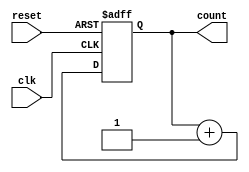
module cascaded_counter #(
    parameter WIDTH = 4  // Number of bits (flip-flops) in the counter
)(
    input wire clk,       // Clock input
    input wire reset,     // Asynchronous reset
    output reg [WIDTH-1:0] count // Counter output
);

    // Always block triggered on the rising edge of the clock or the reset signal
    always @(posedge clk or posedge reset) begin
        if (reset) begin
            count <= 0; // Reset the counter to zero
        end else begin
            count <= count + 1; // Increment the counter
        end
    end

endmodule